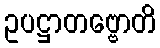
ဥပဋ္ဌာတဗ္ဗောတိ